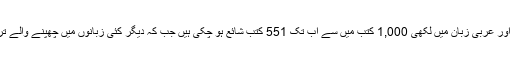
ان کی اردو، انگریزی اور عربی زبان میں لکھی 1,000 کتب میں سے اب تک 551 کتب شائع ہو چکی ہیں جب کہ دیگر کئی زبانوں میں چھپنے والے تراجم ان کے علاوہ ہیں۔